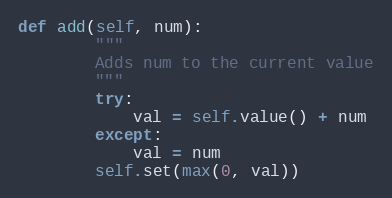
Language: Python
def add(self, num):
        """
        Adds num to the current value
        """
        try:
            val = self.value() + num
        except:
            val = num
        self.set(max(0, val))